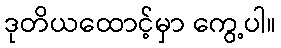
ဒုတိယထောင့်မှာ ကွေ့ပါ။